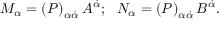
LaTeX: { \cal M } _ { \alpha } = \left( { \cal P } \right) _ { \alpha \dot { \alpha } } A ^ { \dot { \alpha } } ; \, \, \, \, { \cal N } _ { \alpha } = \left( { \cal P } \right) _ { \alpha \dot { \alpha } } B ^ { \dot { \alpha } } .